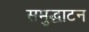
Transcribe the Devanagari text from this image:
समुद्घाटन